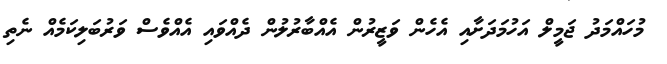
މުހައްމަދު ޖަމީލް އަހުމަދަށާއި އެހެން ވަޒީރުން އެއްބާރުލުން ދެއްވައި އެއްވެސް ވަރުބަލިކަމެއް ނެތި